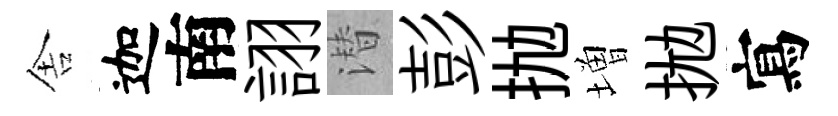
舎迦南詡潜彭抛増拋寫